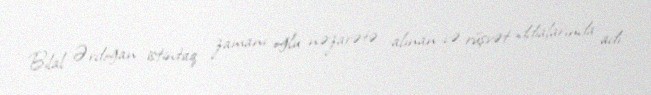
Bilal Ərdoğan istintaq zamanı oğlu nəzarətə alınan və rüşvət iddialarında adı